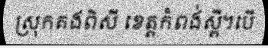
ស្រុកគងពិសី ខេត្តកំពង់ស្ពឺ។បើ